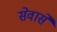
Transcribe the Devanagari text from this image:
सेवासे